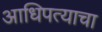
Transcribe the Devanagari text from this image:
आधिपत्याचा